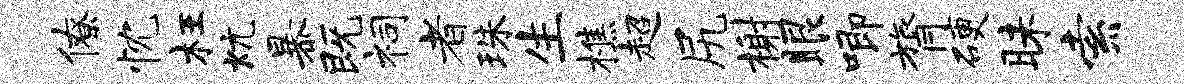
僚忱枉炕暴既祠者珠生樵超尻榭眼唧膂硬昧索